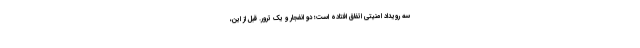
سه رویداد امنیتی اتفاق افتاده است؛ دو انفجار و یک ترور. قبل از این،